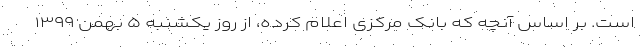
است. بر اساس آنچه که بانک مرکزی اعلام کرده، از روز یکشنبه ۵ بهمن ۱۳۹۹